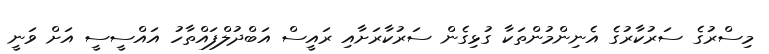
މިސްރުގެ ސަރުކާރުގެ އެނިންމުންތަކާ ގުޅިގެން ސަރުކާރަށާއި ރައީސް އަބްދުލްފައްތާހު އައްސީސީ އަށް ވަނީ